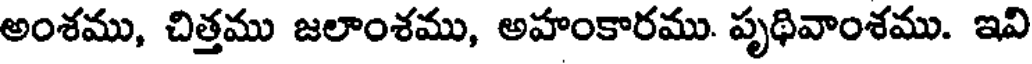
అంశము, చిత్తము జలాంశము, అహంకారము. పృథివాంశము. ఇవి